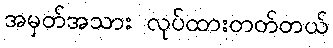
အမှတ်အသား လုပ်ထားတတ်တယ်